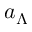
a _ { \Lambda }